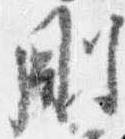
剛